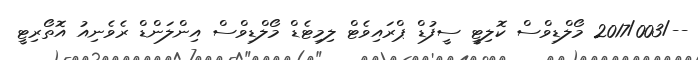
--/2017/003 މޯލްޑިވްސް ކޮލިޓީ ސީފުޑް ޕްރައިވެޓް ލިމިޓެޑް މޯލްޑިވްސް އިންލަންޑް ރެވެނިއު އޮތޯރިޓީ